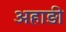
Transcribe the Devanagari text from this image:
अहाड़ी